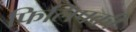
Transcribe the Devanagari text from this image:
फिलिपकी